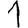
Digit: 1